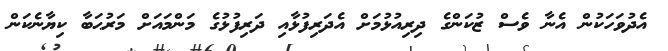
އެދުވަހަކުން އެނާ ވެސް ޒުކަންގެ ދިރިއުޅުމަށް އެދަރިފުޅާއި ދަރިފުޅުގެ މަންމައަށް މަރުޙަބާ ކިޔާނެކަން